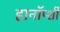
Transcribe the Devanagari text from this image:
हानॉप्शी